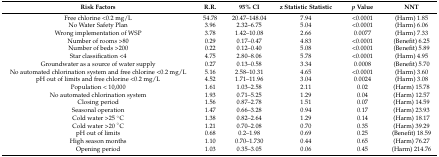
<table><thead><tr><td><b>Risk Factors</b></td><td><b>R.R.</b></td><td><b>95% CI</b></td><td><b>z Statistic Statistic</b></td><td><b><i>p</i> Value</b></td><td><b>NNT</b></td></tr></thead><tbody><tr><td>Free chlorine &lt;0.2 mg/L</td><td>54.78</td><td>20.47–148.04</td><td>7.94</td><td>&lt;0.0001</td><td>(Harm) 1.85</td></tr><tr><td>No Water Safety Plan </td><td>3.96</td><td>2.32–6.75</td><td>5.04</td><td>&lt;0.0001</td><td>(Harm) 6.06</td></tr><tr><td>Wrong implementation of WSP</td><td>3.78</td><td>1.42–10.08</td><td>2.66</td><td>0.0077</td><td>(Harm) 7.33</td></tr><tr><td>Number of rooms &gt;80</td><td>0.29</td><td>0.17–0.47</td><td>4.83</td><td>&lt;0.0001</td><td>(Benefit) 6.25</td></tr><tr><td>Number of beds &gt;200</td><td>0.22</td><td>0.12–0.40</td><td>5.08</td><td>&lt;0.0001</td><td>(Benefit) 5.89</td></tr><tr><td>Star classification &lt;4</td><td>4.75</td><td>2.80–8.06</td><td>5.78</td><td>&lt;0.0001</td><td>(Harm) 4.95</td></tr><tr><td>Groundwater as a source of water supply</td><td>0.27</td><td>0.13–0.58</td><td>3.34</td><td>0.0008</td><td>(Benefit) 5.70</td></tr><tr><td>No automated chlorination system and free chlorine &lt;0.2 mg/L </td><td>5.16</td><td>2.58–10.31</td><td>4.65</td><td>&lt;0.0001</td><td>(Harm) 3.60</td></tr><tr><td>pH out of limits and free chlorine &lt;0.2 mg/L </td><td>4.52</td><td>1.71–11.96</td><td>3.04</td><td>0.0024</td><td>(Harm) 3.08</td></tr><tr><td>Population &lt; 10,000</td><td>1.61</td><td>1.03–2.58</td><td>2.11</td><td>0.02</td><td>(Harm) 15.78</td></tr><tr><td>No automated chlorination system</td><td>1.93</td><td>0.71–5.25</td><td>1.29</td><td>0.04</td><td>(Harm) 12.57</td></tr><tr><td>Closing period</td><td>1.56</td><td>0.87–2.78</td><td>1.51</td><td>0.07</td><td>(Harm) 14.59</td></tr><tr><td>Seasonal operation</td><td>1.47</td><td>0.66–3.28</td><td>0.94</td><td>0.17</td><td>(Harm) 23.93</td></tr><tr><td>Cold water &gt;25 °C</td><td>1.38</td><td>0.82–2.64</td><td>1.29</td><td>0.14</td><td>(Harm) 18.17</td></tr><tr><td>Cold water &gt;20 °C</td><td>1.21</td><td>0.70–2.08</td><td>0.70</td><td>0.35</td><td>(Harm) 39.29</td></tr><tr><td>pH out of limits</td><td>0.68</td><td>0.2–1.98</td><td>0.69</td><td>0.25</td><td>(Benefit) 18.59</td></tr><tr><td>High season months </td><td>1.10</td><td>0.70–1.730</td><td>0.44</td><td>0.65</td><td>(Harm) 76.27</td></tr><tr><td>Opening period</td><td>1.03</td><td>0.35–3.05</td><td>0.06</td><td>0.45</td><td>(Harm) 214.76</td></tr></tbody></table>